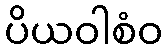
ပိယဝါစံဝ